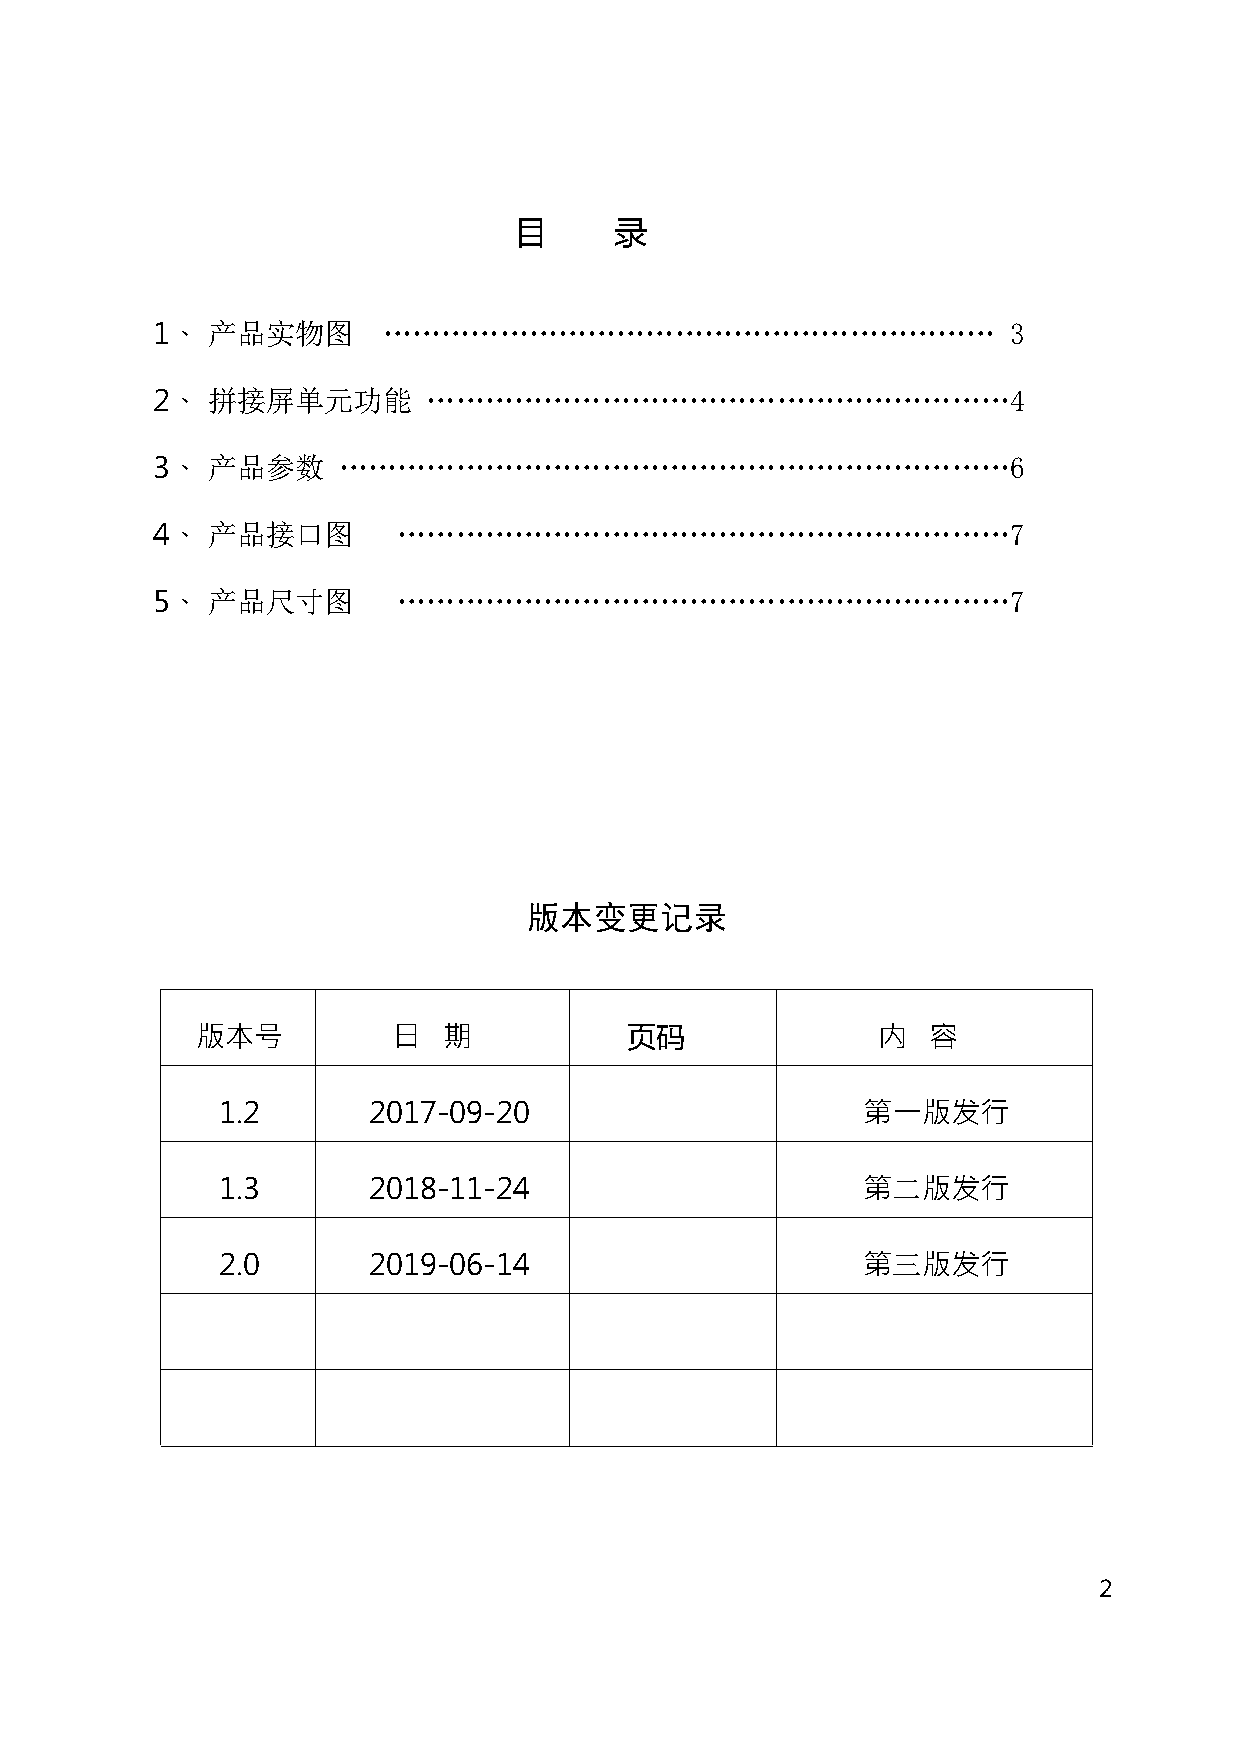
目      录
 1、  产品实物图      ………………………………………………………                     3
 2、  拼接屏单元功能       ……………………………………………………4
 3、  产品参数    ……………………………………………………………6
 4、  产品接口图       ………………………………………………………7
 5、  产品尺寸图       ………………………………………………………7
 版本变更记录
 版本号          日  期           页码               内  容
 1.2       2017-09-20                       第一版发行
 1.3       2018-11-24                       第二版发行
 2.0       2019-06-14                       第三版发行
 2